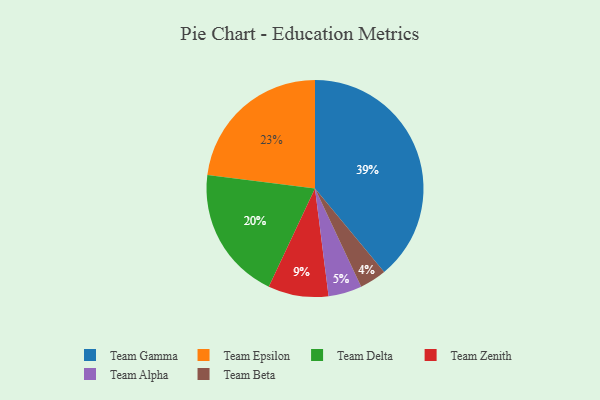
{"axis": {"x": "Category", "y": "Percentage"}, "legend": ["Team Alpha", "Team Beta", "Team Delta", "Team Epsilon", "Team Gamma", "Team Zenith"], "data": [{"x": "Team Zenith", "y": 9, "type": "Team Zenith"}, {"x": "Team Alpha", "y": 5, "type": "Team Alpha"}, {"x": "Team Delta", "y": 20, "type": "Team Delta"}, {"x": "Team Beta", "y": 4, "type": "Team Beta"}, {"x": "Team Gamma", "y": 39, "type": "Team Gamma"}, {"x": "Team Epsilon", "y": 23, "type": "Team Epsilon"}]}